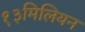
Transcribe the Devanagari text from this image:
१३मिलियन